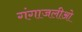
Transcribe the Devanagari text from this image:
गंगाजलीओ